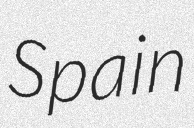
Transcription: Spain